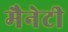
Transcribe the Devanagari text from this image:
मैनेटी